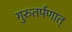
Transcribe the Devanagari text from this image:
गुरुतर्पणात्